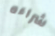
شراءه